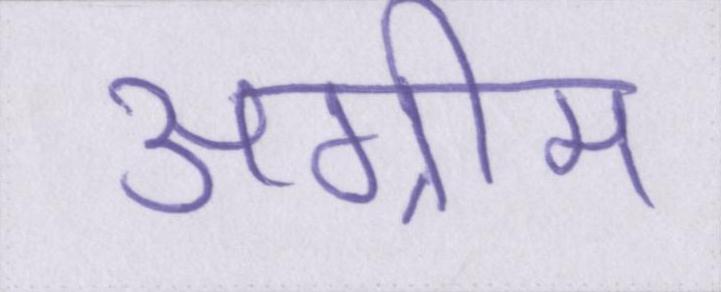
अग्रीम